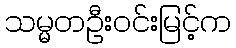
သမ္မတဦးဝင်းမြင့်က